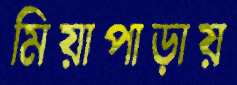
মিয়াপাড়ায়